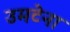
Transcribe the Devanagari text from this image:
उमटेना